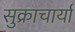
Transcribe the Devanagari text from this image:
सुक्राचार्या